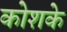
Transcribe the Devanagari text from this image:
कोशके